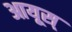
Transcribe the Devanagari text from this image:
आयूस्‌